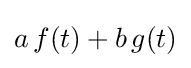
a\,f(t)+b\,g(t)